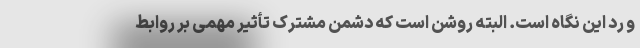
و رد این نگاه است. البته روشن است که دشمن مشترک تأثیر مهمی بر روابط